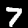
Digit: 7